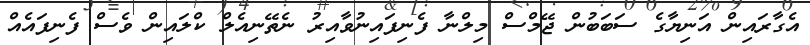
އެގާރައިން އަނިޔާގެ ސަބަބުން ޖޭމްސް މިލްނާ ފެނިފައިނުވާއިރު ނެތޭނިއެލް ކްލައިން ވެސް ފެނިފައެއް